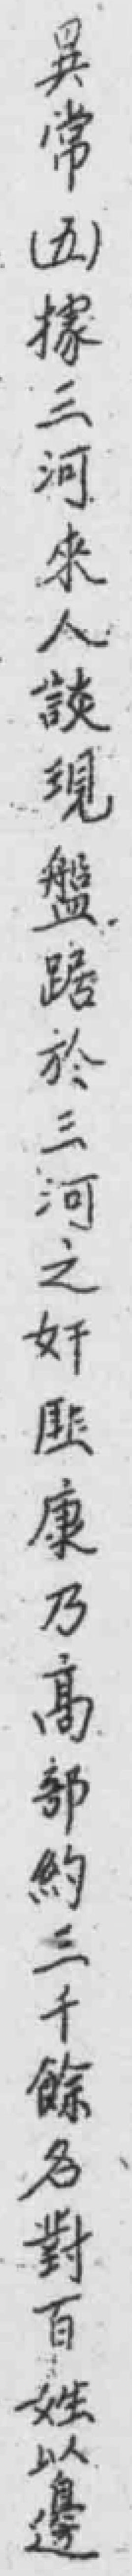
異常（五）據三河来人談現盤踞於三河之奸匪康乃高部約三千餘名對百姓以邊